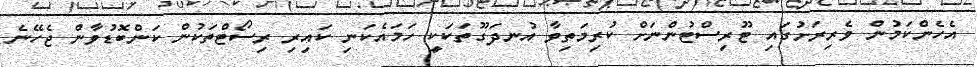
އެހެންކަމުން ވެރިރަށުގައި ޓޫރިސްޓުންނަށް ކުރިމަތިވާ އުނދަގޫތަކަކީ ހަމައެކަނި ކައިރި ރިސޯޓްތަކުން ކަންބޮޑުވާން ޖެހޭނެ